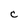
Character: c